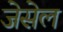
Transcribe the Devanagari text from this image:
जेसेल